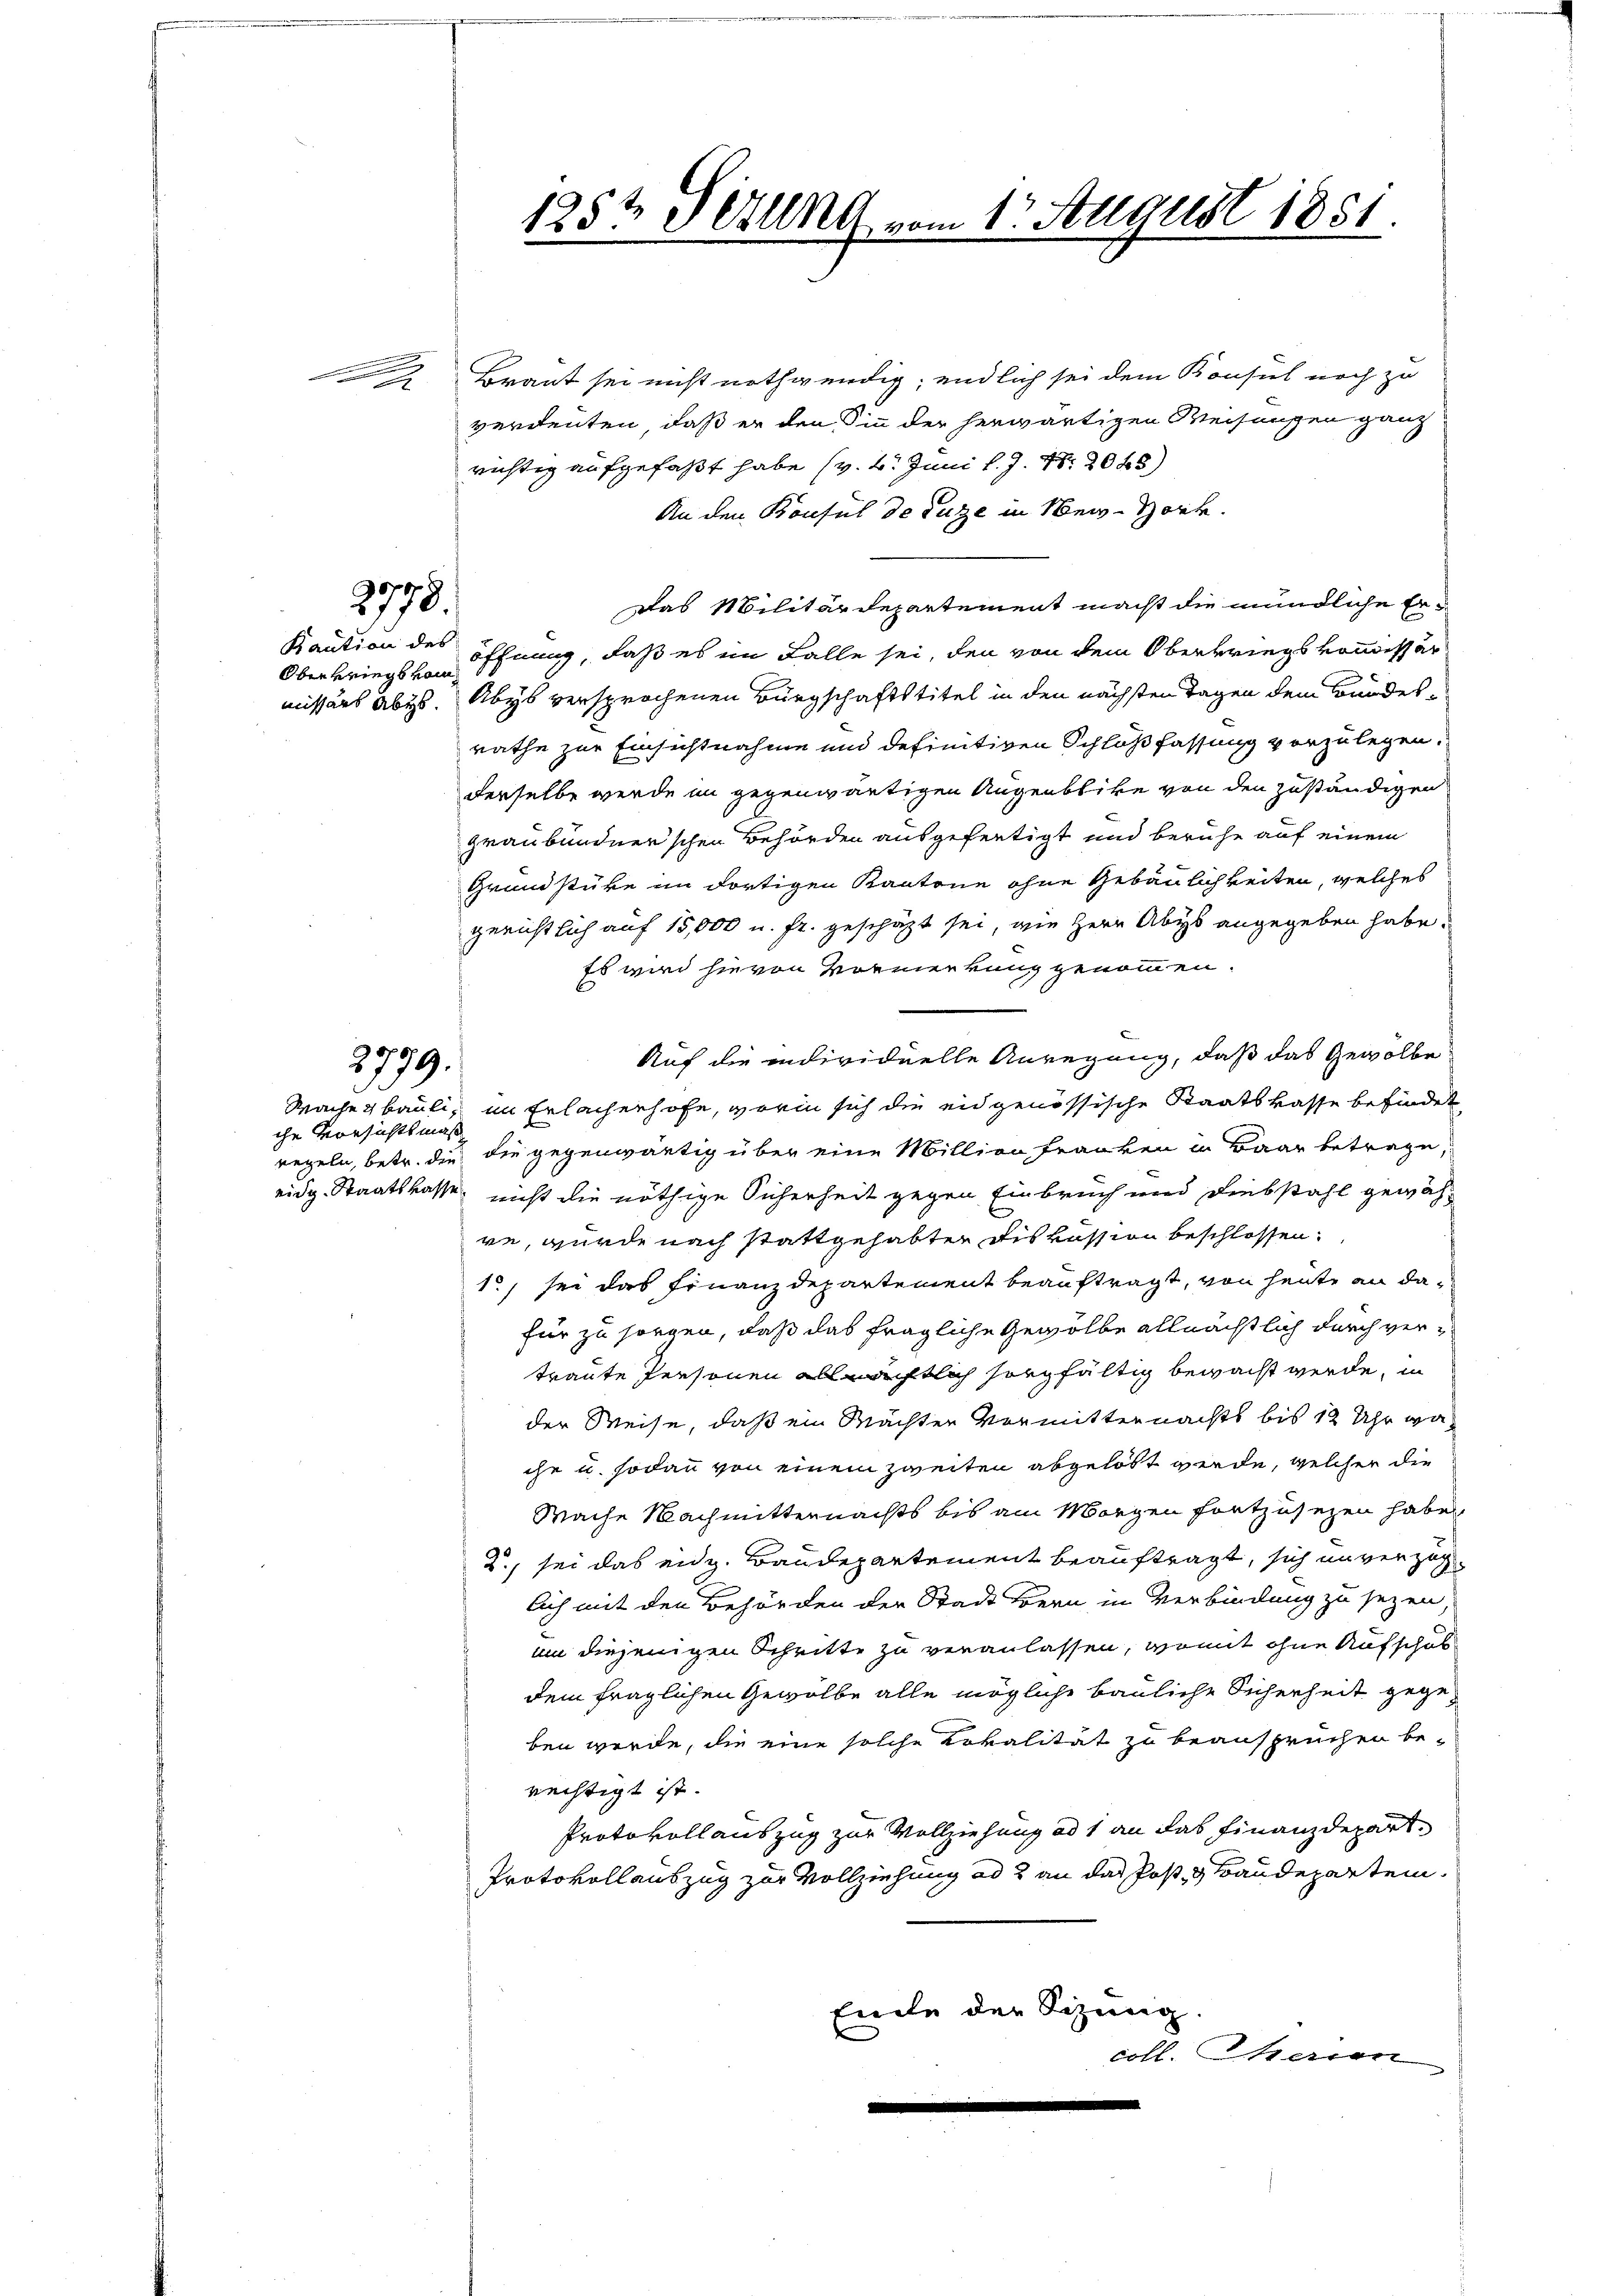
606

n

2778.

Oberkriegs vom

2779.

Wache  Bauli.
che Vorsichtsmaß

Braut sei nicht nothwendig; endlich sei dem Konsul noch zu
verdenten, daß er den Sinn der herwärtigen Weisungen ganz
richtig aufgefaßt habe (v. 4. Juni l. J. 18. 2088)
An den Konsul de Luze in New-York.
Das Militärdepartement macht die mündliche Er¬
Kaution des öffnung, daß es im Falle sei, den von dem Oberkriegskommissär
missärs abges. Abys versprochenen Bürgschaftstitel in den nächsten Tagen dem Bundesrathe zur Einsichtnahme und definitiven Schlußfassung vorzulegen.
derselbe werde im gegenwärtigen Augenblicke von den zuständigen
graubündnerschen Behörden ausgefertigt und beruhe auf einem
Grundstüke im dortigen Kantone ohne Gebäulichkeiten, welches
gerichtlich auf 15,000 u. fr. geschäzt sei, wie Herr Abys angegeben habe.
Es wird hievon Vormerkung genommen.
Auf die individuelle Anregung, daß das Gewölbe
im Erlachenhofe, worin sich die eidgenössische Staatskasse befindet
regeln, betr. die die gegenwärtig über eine Million Franken in Baar betrage,
eidg. Staatskasse nicht die nöthige Sicherheit gegen Einbruch und Diebstahl gewähre, wurde nach stattgehabter Dis kassion beschlossen.
1., sei das Finanzdepartement beauftragt, von heute an dafür zu sorgen, daß das fragliche Gewölbe allmächtlich durch vertraute Personen allmächtlich sorgfältig bewacht werde, in
der Weise, daß ein Mächter Vormitternachts bis 12 Uhr waihe u. sodann von einem zweiten abgelobt werde, welcher die
Wache Nachmitternachts bis am Morgen fortzusetzen habe
2., sei das eidg. Baudepartement beauftragt, sich unverzoglich mit den Behörden der Stadt Bern in Verbindung zu sezen.
um diejenigen Schritte zu veranlassen, womit ohne Aufschul
dem fraglichen Gewölbe alle mögliche bauliche Sicherheit gegeben werde, die eine solche Lokalität zu beansprüchen be-
rechtigt ist.
Protokoll auszug zur Vollziehung ad 1 an das Finanzdepart
Protokollauszug zur Vollziehung ad 2 an das Post- & Baudepartem
Ende der Sitzung
coll. Iherien

125t Setung vom 1. August 1881.